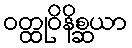
ဝတ္ထုဝိနိစ္ဆယာ